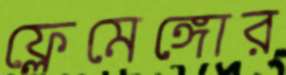
ফ্লেমেঙ্গোর